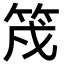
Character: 𮅇